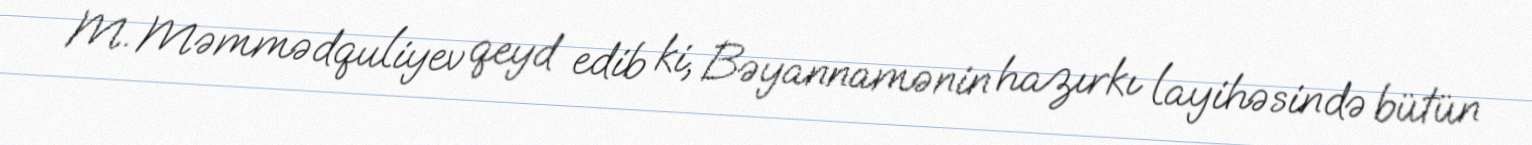
M. Məmmədquliyev qeyd edib ki, Bəyannamənin hazırkı layihəsində bütün